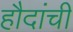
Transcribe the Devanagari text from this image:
हौदांची